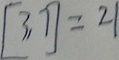
[ 3 , 7 ] = 2 1